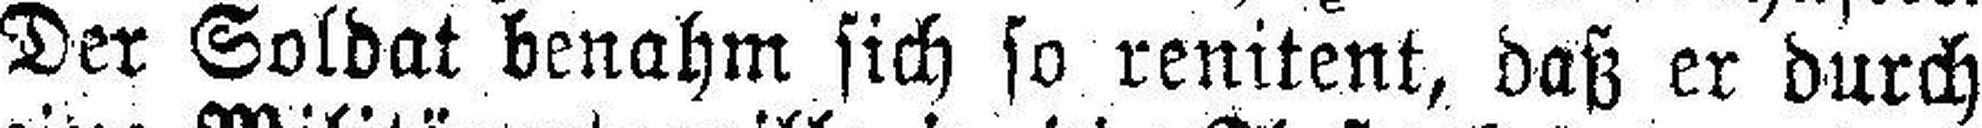
Der Soldat benahm sich so renitent, daß er durch